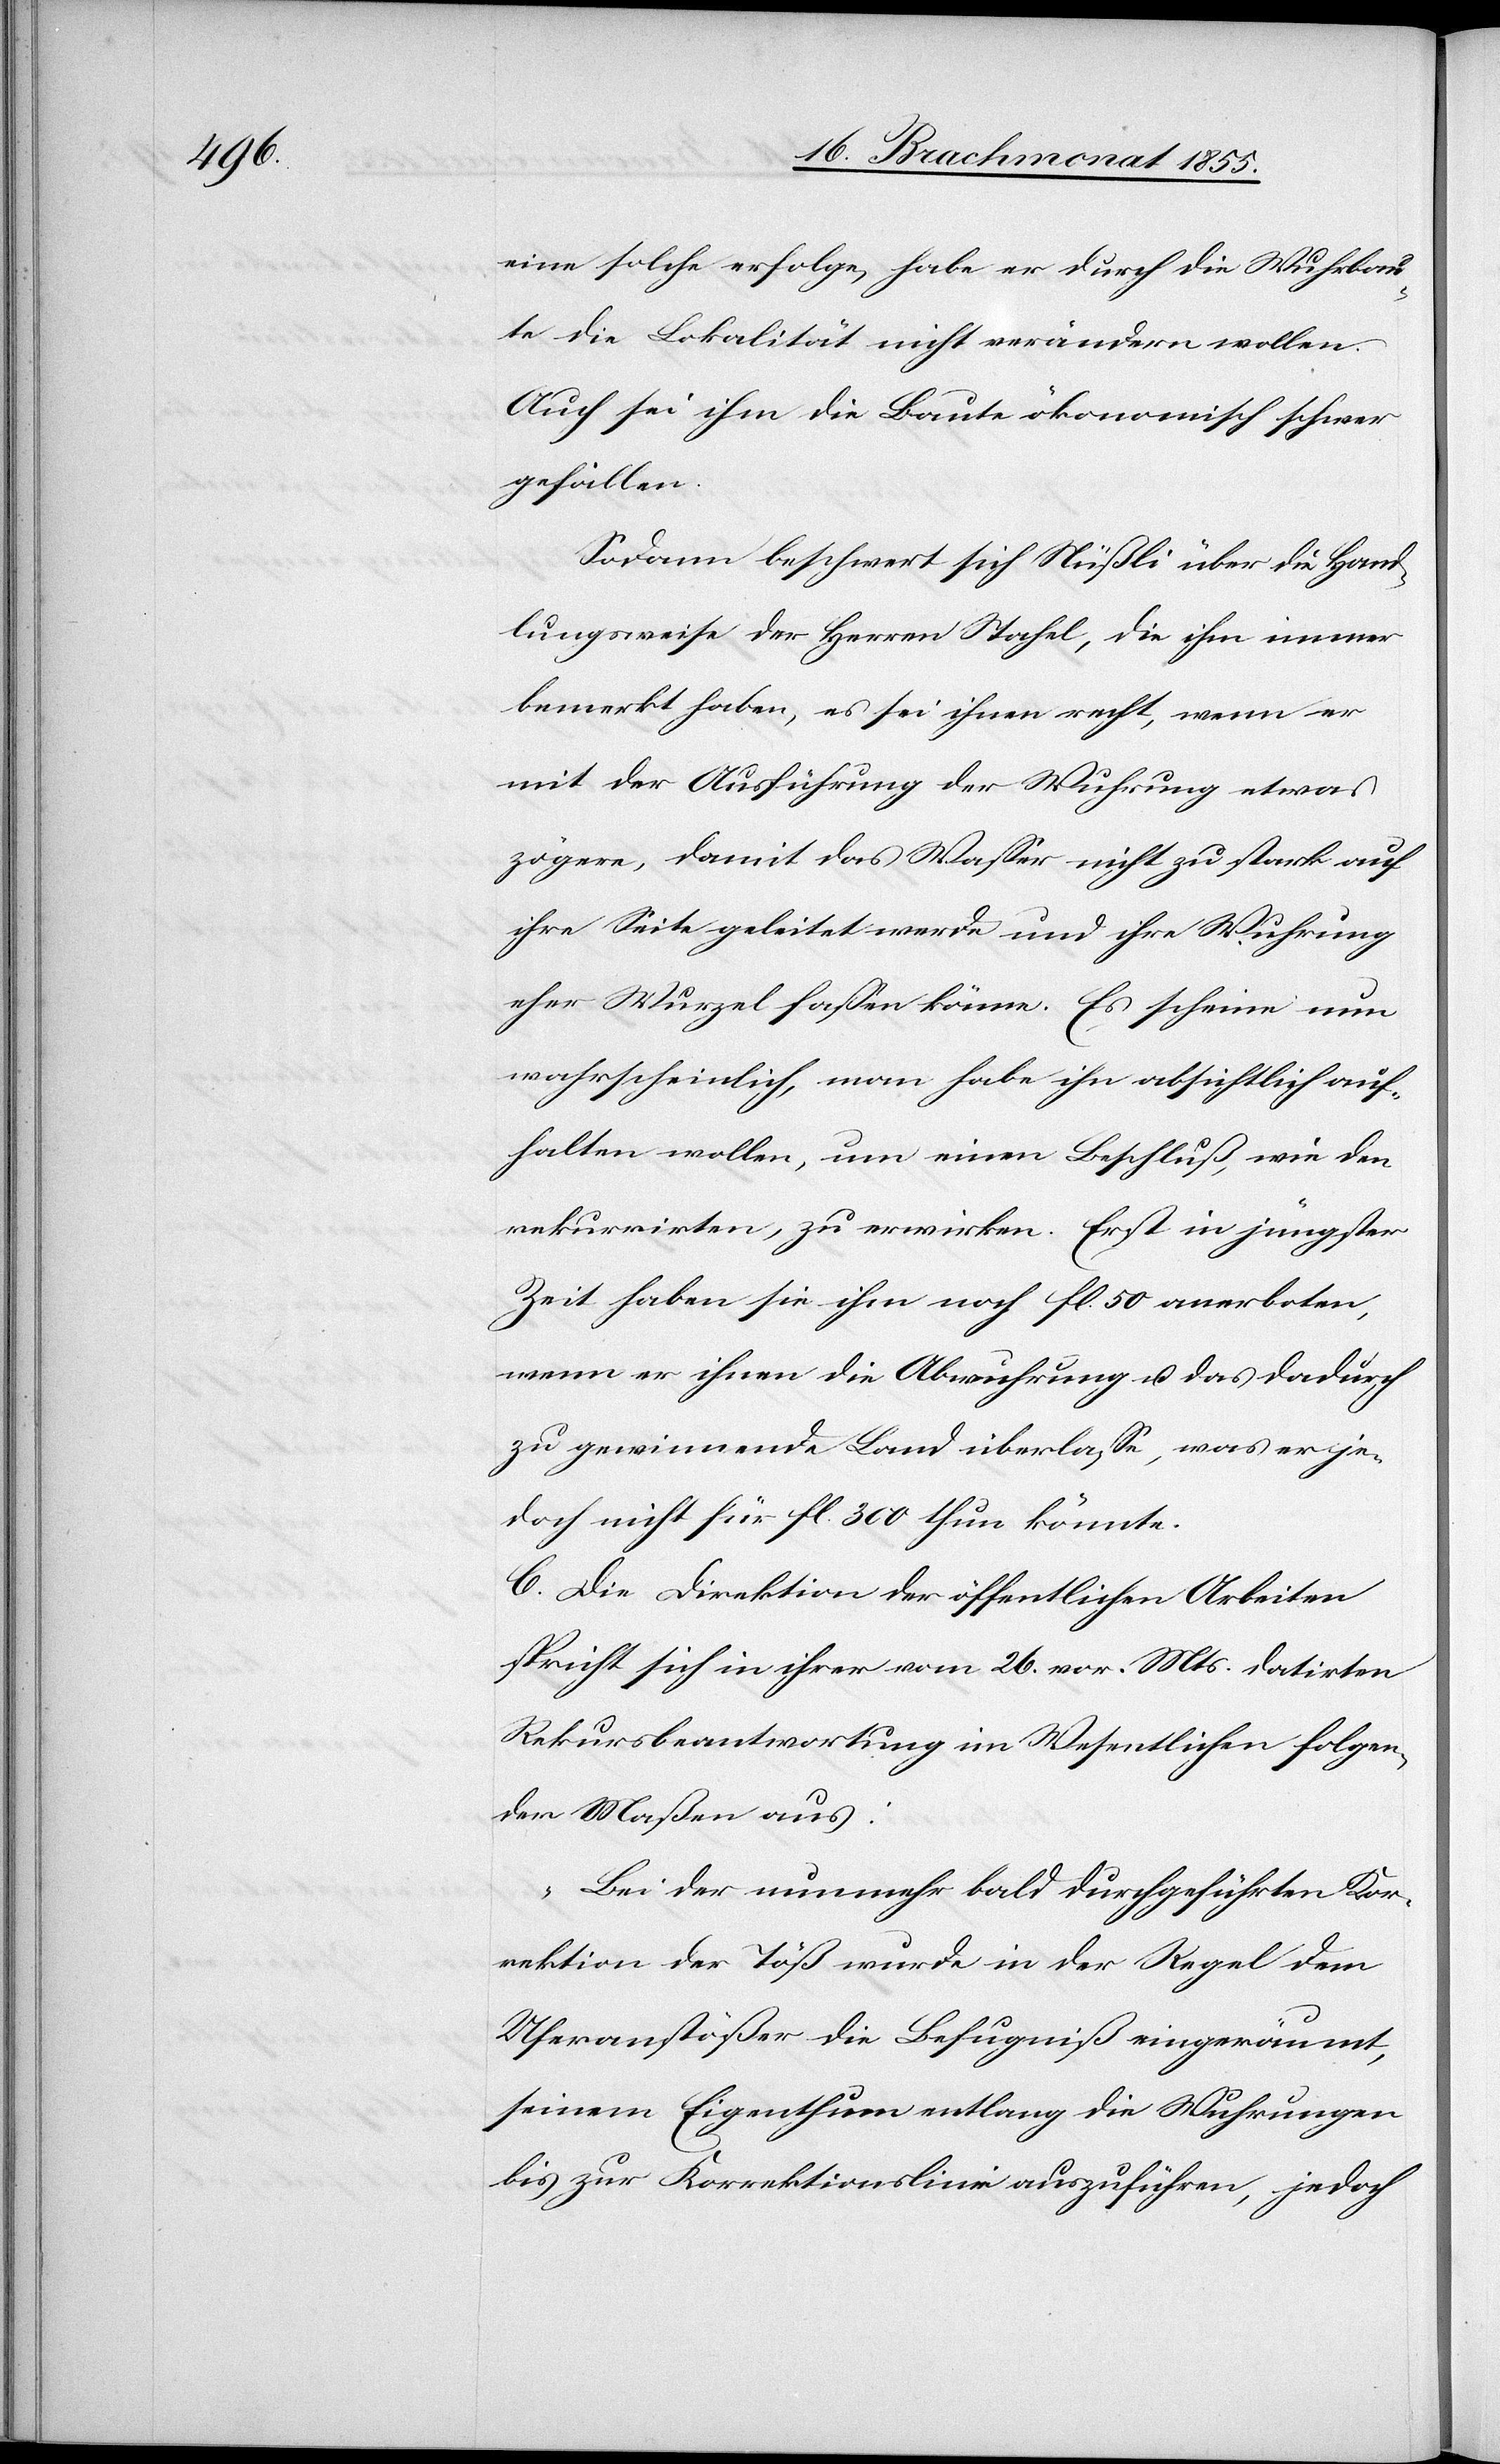
eine solche erfolge, habe er durch die Wuhrbau¬
te die Lokalität nicht verändern wollen.
Auch sei ihm die Baute ökonomisch schwer
gefallen.
Sodann beschwert sich Nüßli über die Hand¬
lungsweise der Herren Stahel, die ihm immer
bemerkt habe, es sei ihnen recht, wenn er
mit der Ausführung der Wuhrung etwas
zögere, damit das Wasser nicht zu stark auf
ihre Seite geleitet werde und ihre Wuhrung
eher Wurzel fassen könne. Es scheine nun
wahrscheinlich, man habe ihn absichtlich auf¬
halten wollen, um einen Beschluß, wie den
rekurrirten, zu erwirken. Erst in jüngster
Zeit haben sie ihm noch fl. 50 anerboten,
wenn er ihnen die Abwuhrung u. das dadurch
zu gewinnende Land überlasse, was er je¬
doch nicht für fl. 300 thun könnte.
C. Die Direktion der öffentlichen Arbeiten
spricht sich in ihrer vom 26. vor. Mts. datirten
Rekursbeantwortung im Wesentlichen folgen¬
der Maßen aus:
„Bei der nunmehr bald durchgeführten Kor¬
rektion der Töß wurde in der Regel dem
Uferanstößer die Befugniß eingeräumt,
seinem Eigenthum entlang die Wuhrungen
bis zur Korrektionslinie auszuführen, jedoch